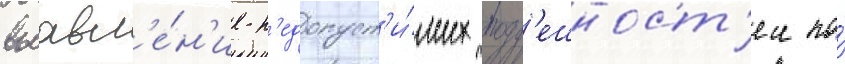
выавл'е́н'ие н'едопуст'и́мых погр'ешност'еи по́